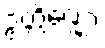
ဥတ္တိဏ္ဏော